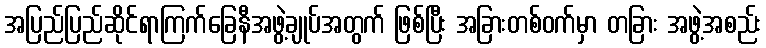
အပြည်ပြည်ဆိုင်ရာကြက်ခြေနီအဖွဲ့ချုပ်အတွက် ဖြစ်ပြီး အခြားတစ်ဝက်မှာ တခြား အဖွဲ့အစည်း